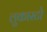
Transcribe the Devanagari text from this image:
लुकास्टो